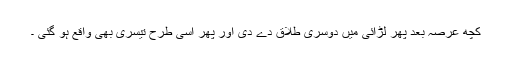
کچھ عرصہ بعد پھر لڑائی میں دوسری طلاق دے دی اور پھر اسی طرح تیسری بھی واقع ہو گئی ۔